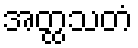
အတ္ထသတံ